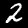
Digit: 2